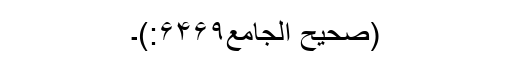
(صحیح الجامع۶۴۶۹:)۔